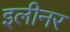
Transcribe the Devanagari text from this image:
इलीनर